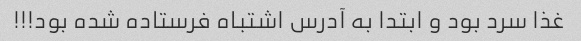
غذا سرد بود و ابتدا به آدرس اشتباه فرستاده شده بود!!!